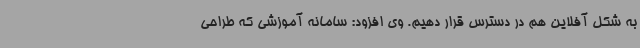
به شکل آفلاین هم در دسترس قرار دهیم. وی افزود: سامانه آموزشی که طراحی